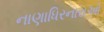
નાણાધિરનારાઓ